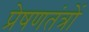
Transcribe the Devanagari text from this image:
प्रेषणतंत्रों